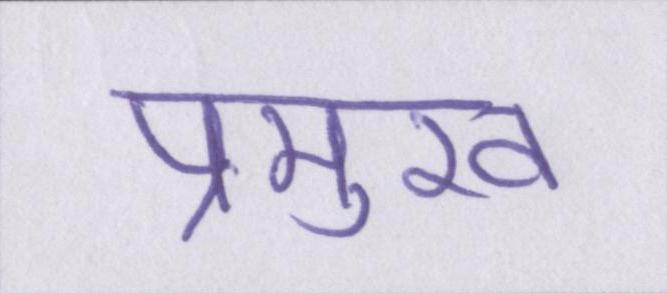
प्रमुख